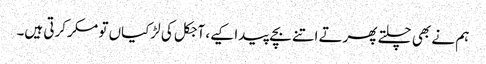
ہم نے بھی چلتے پھرتے اتنے بچے پیدا کیے، آجکل کی لڑکیاں تو مکر کرتی ہیں۔